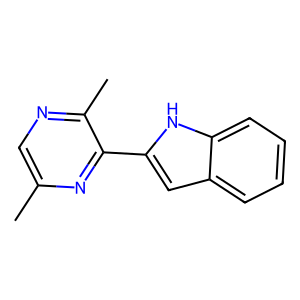
SMILES: Cc1cnc(C)c(-c2cc3ccccc3[nH]2)n1
Inhibits HIV replication: No